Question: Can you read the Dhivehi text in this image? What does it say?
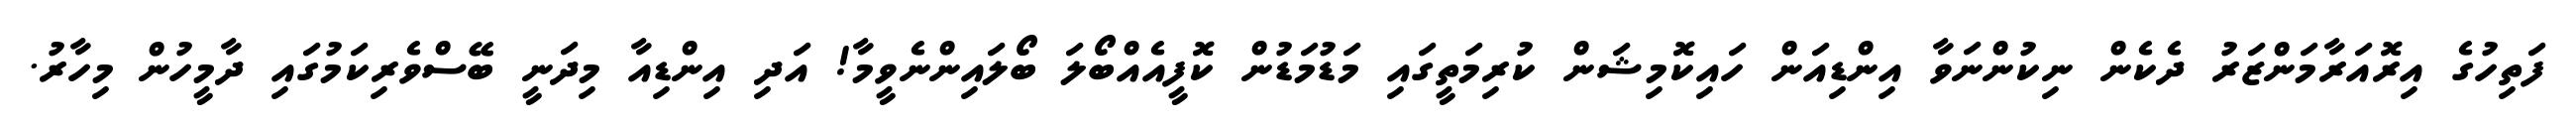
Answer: ފަތިހުގެ އިރޮއަރާމަންޒަރު ދެކެން ނިކުންނަވާ އިންޑިއަން ހައިކޮމިޝަން ކުރިމަތީގައި މަޑުމަޑުން ކޮފީއެއްބޯލަ ބޯލައިންނެވީމާ! އަދި އިންޑިއާ މިދަނީ ބޭސްވެރިކަމުގައި ދާމީހުން މިހާރު.